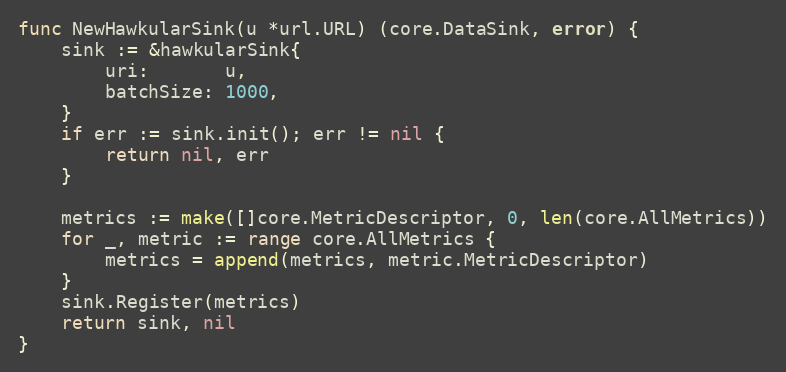
Language: Go
func NewHawkularSink(u *url.URL) (core.DataSink, error) {
	sink := &hawkularSink{
		uri:       u,
		batchSize: 1000,
	}
	if err := sink.init(); err != nil {
		return nil, err
	}

	metrics := make([]core.MetricDescriptor, 0, len(core.AllMetrics))
	for _, metric := range core.AllMetrics {
		metrics = append(metrics, metric.MetricDescriptor)
	}
	sink.Register(metrics)
	return sink, nil
}